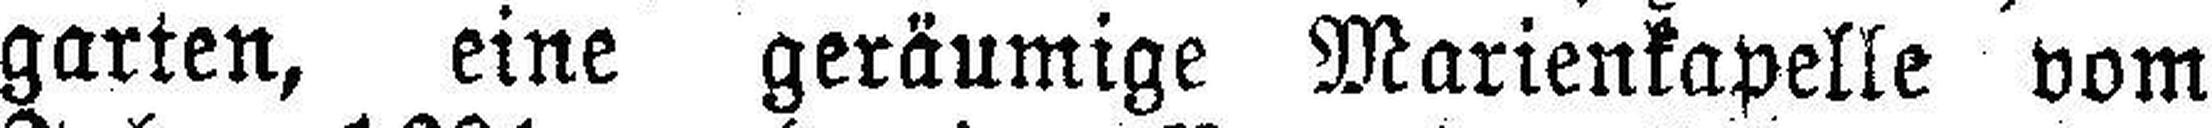
garten, eine geräumige Marienkapelle vom